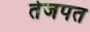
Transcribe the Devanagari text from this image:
तेजपत